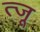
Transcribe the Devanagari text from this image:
त्जू